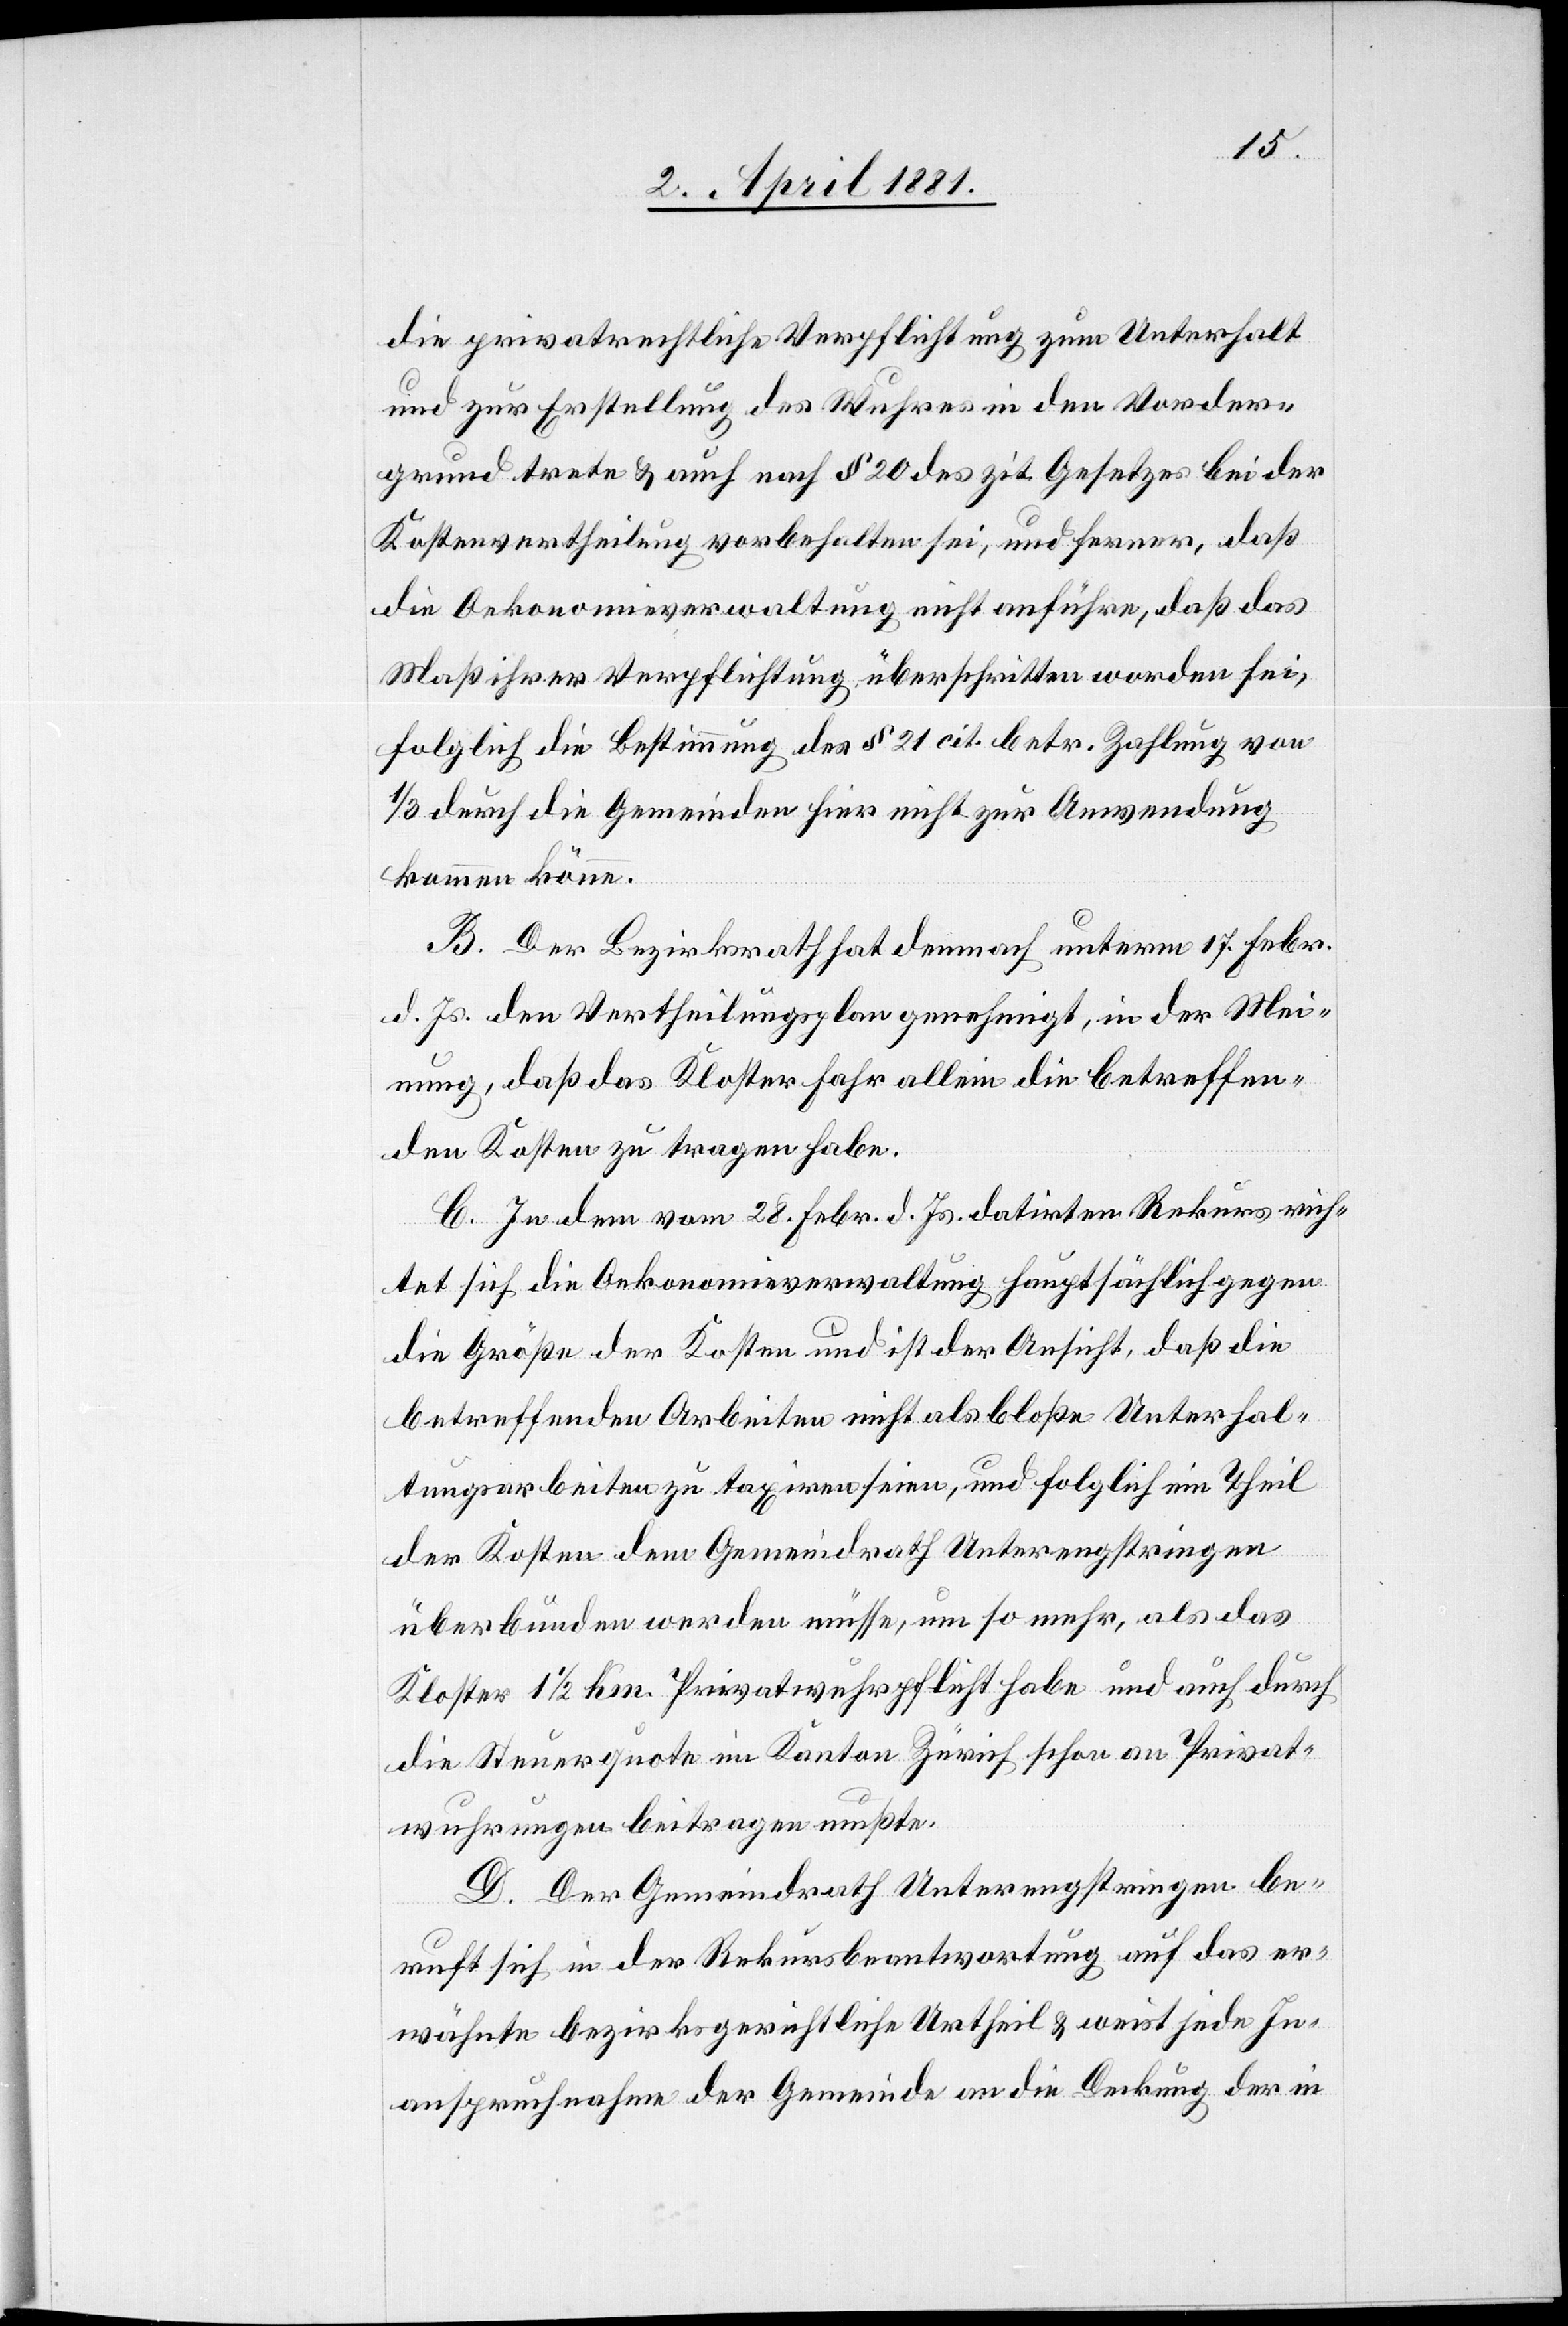
die privatrechtliche Verpflichtung zum Unterhalt
und zur Erstellung des Wuhres in den Vorder¬
grund trete & auch nach § 20 des zit. Gesetzes bei der
Kostenvertheilung vorbehalten sei, und ferner, daß
die Oekonomieverwaltung nicht anführe, daß das
Maß ihrer Verpflichtung überschritten worden sei,
folglich die Bestimmung des § 21 cit. betr. Zahlung von
1/3 durch die Gemeinden hier nicht zur Anwendung
kommen könne.
B. Der Bezirksrath hat demnach unterm 17. Febr.
d. Js. den Vertheilungsplan genehmigt, in der Mei¬
nung, daß das Kloster Fahr allein die betreffen¬
den Kosten zu tragen habe.
C. In dem vom 28. Febr. d. Js. datirten Rekurs rich¬
tet sich die Oekonomieverwaltung hauptsächlich gegen
die Größe der Kosten und ist der Ansicht, daß die
betreffenden Arbeiten nicht als bloße Unterhal¬
tungsarbeiten zu taxiren seien, und folglich ein Theil
der Kosten dem Gemeinderath Unterengstringen
überbunden werden müsse, um so mehr, als das
Kloster 1 1/2 Km Privatwuhrpflicht habe und auch durch
die Steuerquote im Kanton Zürich schon an Privat¬
wuhrungen beitragen mußte.
D. Der Gemeindrath Unterengstringen be¬
ruft sich in der Rekursbeantwortung auf das er¬
wähnte bezirksgerichtliche Urtheil & weist jede In¬
anspruchnahme der Gemeinde an die Deckung der in